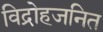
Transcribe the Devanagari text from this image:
विद्रोहजनित